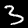
Label: 3